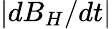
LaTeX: |dB_{H}/dt|